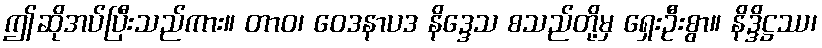
ဤဆိုအပ်ပြီးသည်ကား။ တာဝ၊ ဝေဒနာပဒ နိဒ္ဒေသ စသည်တို့မှ ရှေးဦးစွာ။ နိဒ္ဒိဋ္ဌဿ၊